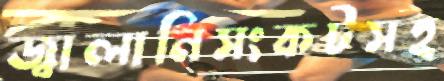
জ্বালানিসংকটসহ